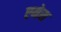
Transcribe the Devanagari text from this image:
एमेस